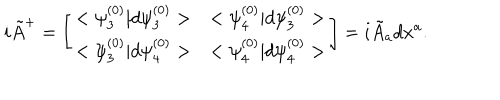
LaTeX: i { \tilde { A } } ^ { + } = \left[ \begin{array} { l l } { { < \psi _ { 3 } ^ { ( 0 ) } | d \psi _ { 3 } ^ { ( 0 ) } > } } & { { < \psi _ { 4 } ^ { ( 0 ) } | d \psi _ { 3 } ^ { ( 0 ) } > } } \\ { { < \psi _ { 3 } ^ { ( 0 ) } | d \psi _ { 4 } ^ { ( 0 ) } > } } & { { < \psi _ { 4 } ^ { ( 0 ) } | d \psi _ { 4 } ^ { ( 0 ) } > } } \\ \end{array} \right] = i { \tilde { A } } _ { a } d x ^ { a } .